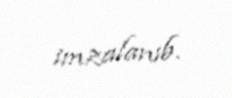
imzalanıb.